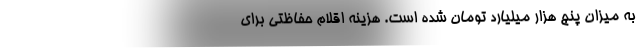
به میزان پنج هزار میلیارد تومان شده است. هزینه اقلام حفاظتی برای